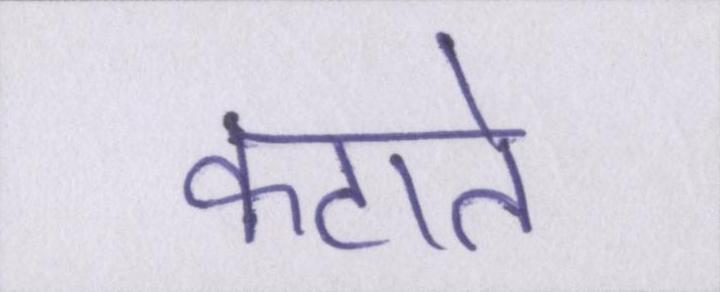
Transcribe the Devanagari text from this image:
कटाते